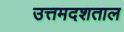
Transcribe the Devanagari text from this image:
उत्तमदशताल